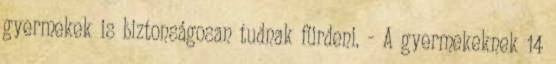
gyermekek is biztonságosan tudnak fürdeni. - A gyermekeknek 14